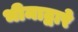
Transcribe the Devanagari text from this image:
भीमाद्वारे